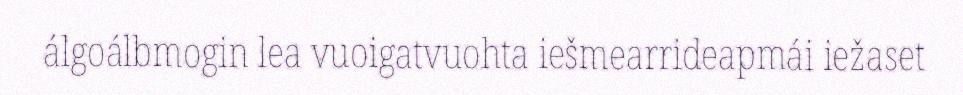
álgoálbmogin lea vuoigatvuohta iešmearrideapmái iežaset